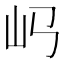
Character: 𡴰